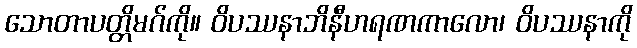
သောတာပတ္တိမဂ်ကို။ ဝိပဿနာဘိနီဟရဏကာလော၊ ဝိပဿနာကို